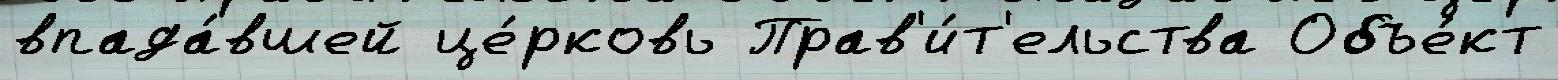
впада́вшей це́рковь Прав'и́т'ельства Объе́кт